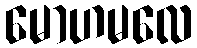
မောဟမလေ